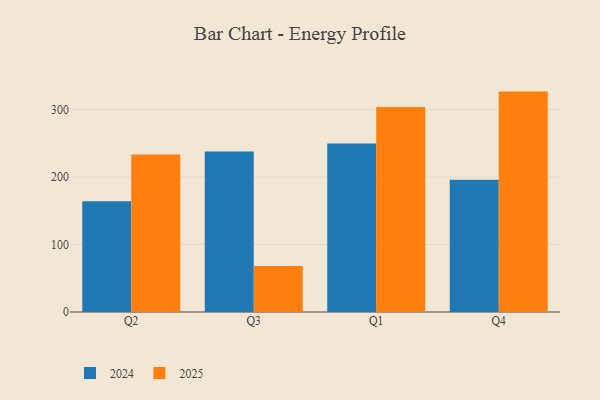
{"axis": {"x": "Quarter", "y": "Population (Million)"}, "legend": ["2024", "2025"], "data": [{"x": "Q2", "y": 164.1, "type": "2024"}, {"x": "Q2", "y": 233.4, "type": "2025"}, {"x": "Q3", "y": 238.0, "type": "2024"}, {"x": "Q3", "y": 68.3, "type": "2025"}, {"x": "Q1", "y": 249.8, "type": "2024"}, {"x": "Q1", "y": 303.9, "type": "2025"}, {"x": "Q4", "y": 196.1, "type": "2024"}, {"x": "Q4", "y": 326.6, "type": "2025"}]}